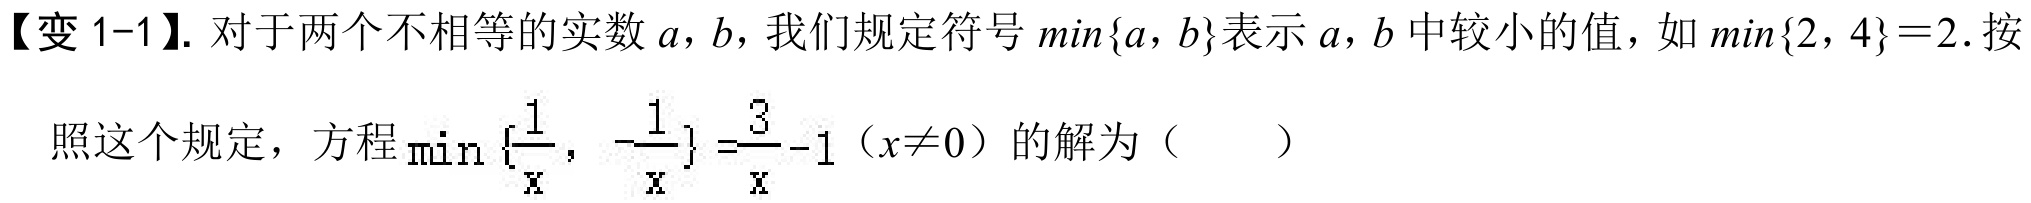
【变 1-1】. 对于两个不相等的实数\(a,b\)，我们规定符号\(\min\{a,b\}\)表示\(a,b\)中较小的值，如\(\min\{2,4\}=2\). 按照这个规定，方程\(\min\left\{\frac{1}{x}, -\frac{1}{x}\right\}=\frac{3}{x}-1\)（\(x\neq0\)）的解为（  ）